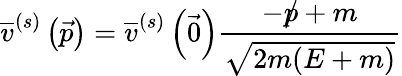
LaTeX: {\overline{{v}}}^{(s)}\left({\vec{p}}\right)={\overline{{v}}}^{(s)}\left({\vec{0}}\right){\frac{-{p\! \! \! /}+m}{\sqrt{2m(E+m)}}}